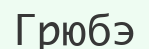
Грюбэ